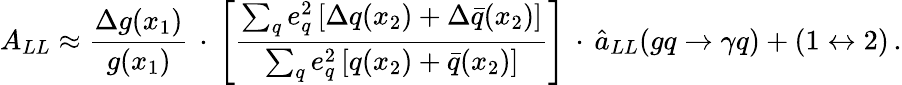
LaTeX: A_{LL}\approx\frac{\Delta g(x_{1})}{g(x_{1})}\, \cdot\, \Bigg[\frac{\sum_{q}e_{q}^{2}\left[\Delta q(x_{2})+\Delta\bar{q}(x_{2})\right]}{\sum_{q}e_{q}^{2}\left[q(x_{2})+\bar{q}(x_{2})\right]}\Bigg]\, \cdot\, \hat{a}_{LL}(gq\rightarrow\gamma q)+(1\leftrightarrow 2)\, .